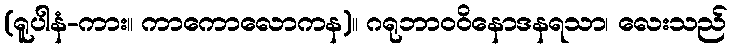
(ရူပါနံ-ကား။ ကာကောလောကန)။ ဂရုဘာဝဝိနောဒနရသာ၊ လေးသည်